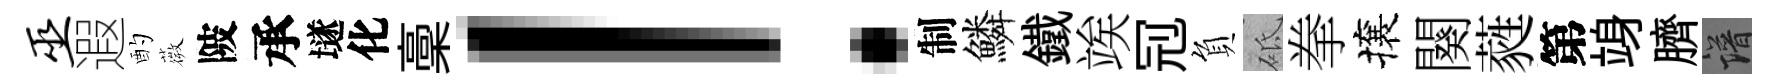
巫遐酌薇陂承𡑞化稾！制鱗鐵竢𠜍負砥拳攘闋蕤第竧臍譜